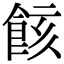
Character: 䬵